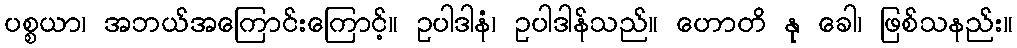
ပစ္စယာ၊ အဘယ်အကြောင်းကြောင့်။ ဥပါဒါနံ၊ ဥပါဒါန်သည်။ ဟောတိ နု ခေါ၊ ဖြစ်သနည်း။